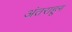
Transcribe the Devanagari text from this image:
अंतराहून